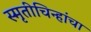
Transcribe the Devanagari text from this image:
स्मृतीचिन्हांचा